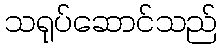
သရုပ်ဆောင်သည်